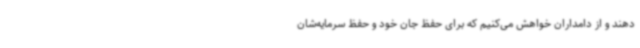
دهند و از دامداران خواهش می‌کنیم که برای حفظ جان خود و حفظ سرمایه‌شان